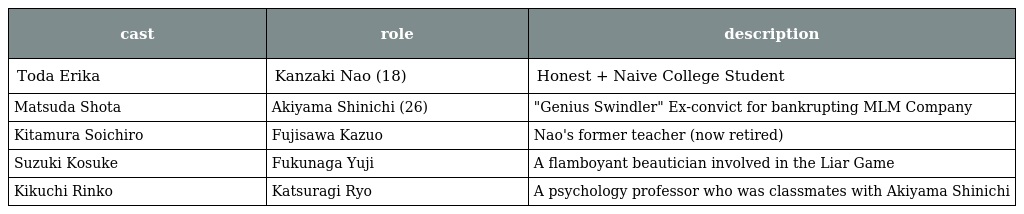
| cast | role | description |
 | --- | --- | --- |
 | Toda Erika | Kanzaki Nao (18) | Honest + Naive College Student |
 | Matsuda Shota | Akiyama Shinichi (26) | "Genius Swindler" Ex-convict for bankrupting MLM Company |
 | Kitamura Soichiro | Fujisawa Kazuo | Nao's former teacher (now retired) |
 | Suzuki Kosuke | Fukunaga Yuji | A flamboyant beautician involved in the Liar Game |
 | Kikuchi Rinko | Katsuragi Ryo | A psychology professor who was classmates with Akiyama Shinichi |